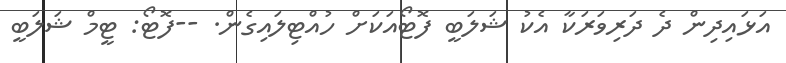
އަޅައިދިން ދެ ދަރިވަރަކާ އެކު ޝަލަބީ ފޮޓޯއަކަށް ހުއްޓިލައިގެން. --ފޮޓޯ: ޓީމް ޝަލަބީ